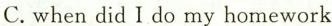
C.when did I do my homework